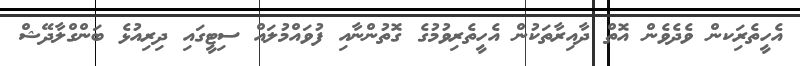
އެހީތެރިަކން ވެދެވެން އޮތް ދާއިރާތަކުން އެހީތެރިވުމުގެ ގޮތުންނާއި ފުވައްމުލައް ސިޓީގައި ދިރިއުޅެ ބަންގްލާދޭޝް